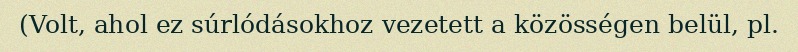
(Volt, ahol ez súrlódásokhoz vezetett a közösségen belül, pl.